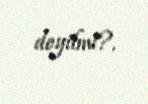
deyilmi?.